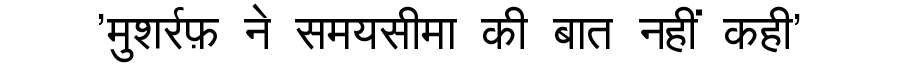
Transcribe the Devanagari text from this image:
'मुशर्रफ़ ने समयसीमा की बात नहीं कही'